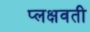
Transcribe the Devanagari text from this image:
प्लक्षवती